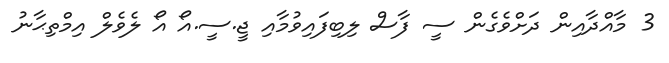
3 މާއްދާއިން ދަށްވެގެން ސީ ފާސް ލިބިފައިވުމާއި ޖީ.ސީ.އޯ އޯ ލެވެލް އިމްތިޙާނު